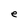
Character: e